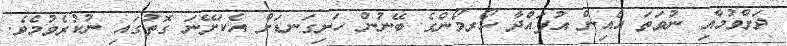
ދަށްވުމާއި ނުވަތަ އެއިން އުފައްދާ ހޯރމޯންގެ ބޭނުން ހަށިގަނޑަށް އެކަށޭނަ ގޮތުގައި ނުކުރެވުމެވެ.